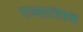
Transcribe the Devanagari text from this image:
राज्याभिषक